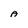
Character: A